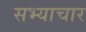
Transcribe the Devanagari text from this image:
सभ्याचार